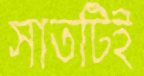
সাতটিই